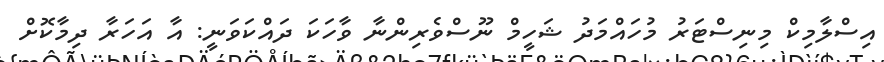
އިސްލާމިކް މިނިސްޓަރު މުހައްމަދު ޝަހީމް ނޫސްވެރިންނާ ވާހަކަ ދައްކަވަނީ: އާ އަހަރާ ދިމާކޮށް